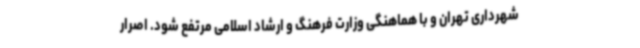
شهرداری تهران و با هماهنگی وزارت فرهنگ و ارشاد اسلامی مرتفع شود. اصرار